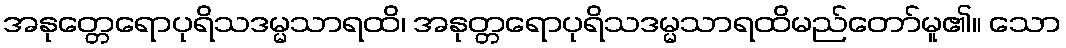
အနုတ္တေရောပုရိသဒမ္မသာရထိ၊ အနုတ္တရောပုရိသဒမ္မသာရထိမည်တော်မူ၏။ သော